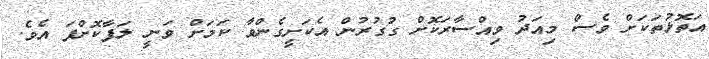
އަތޮޅުތަަކަށް ވެސް މިއަދު ވިއްސާރަކޮށް ގުގުރުން އެކަށީގެންވާ ކަމަށް ވަނީ ލަފާކޮށްފަ އެވެ.